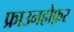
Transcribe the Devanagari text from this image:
फ्राउनहोफ़र